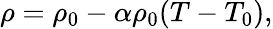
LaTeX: \rho=\rho_{0}-\alpha\rho_{0}(T-T_{0}),